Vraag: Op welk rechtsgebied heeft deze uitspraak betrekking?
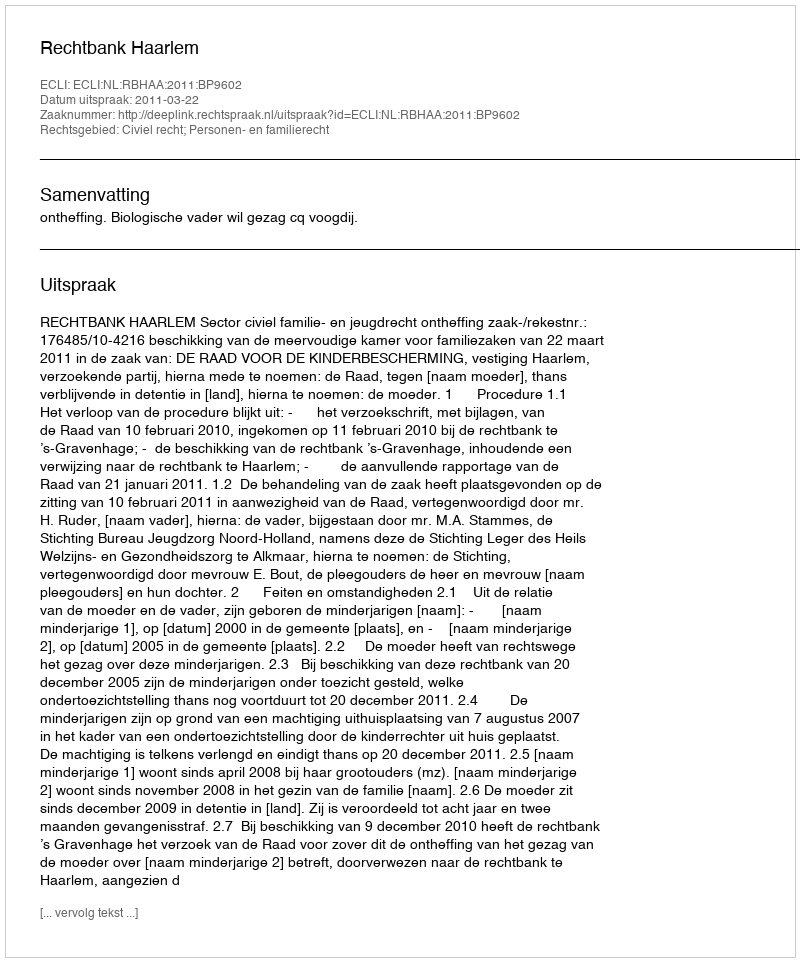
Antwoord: Civiel recht; Personen- en familierecht